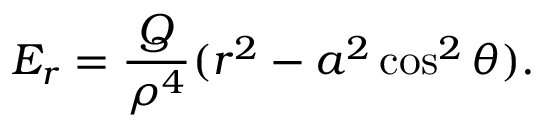
E _ { r } = \frac { Q } { \rho ^ { 4 } } ( r ^ { 2 } - a ^ { 2 } \cos ^ { 2 } \theta ) .